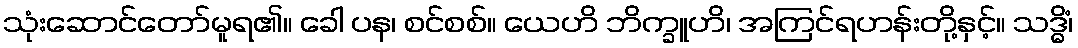
သုံးဆောင်တော်မူရ၏။ ခေါ ပန၊ စင်စစ်။ ယေဟိ ဘိက္ခူဟိ၊ အကြင်ရဟန်းတို့နှင့်။ သဒ္ဓိံ၊